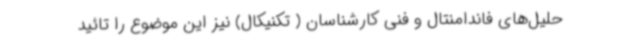
حلیل‌های فاندامنتال و فنی کارشناسان ( تکنیکال) نیز این موضوع را تائید